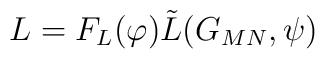
L=F_L(\varphi )\tilde L(G_{MN},\psi )